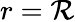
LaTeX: r=\mathcal{R}